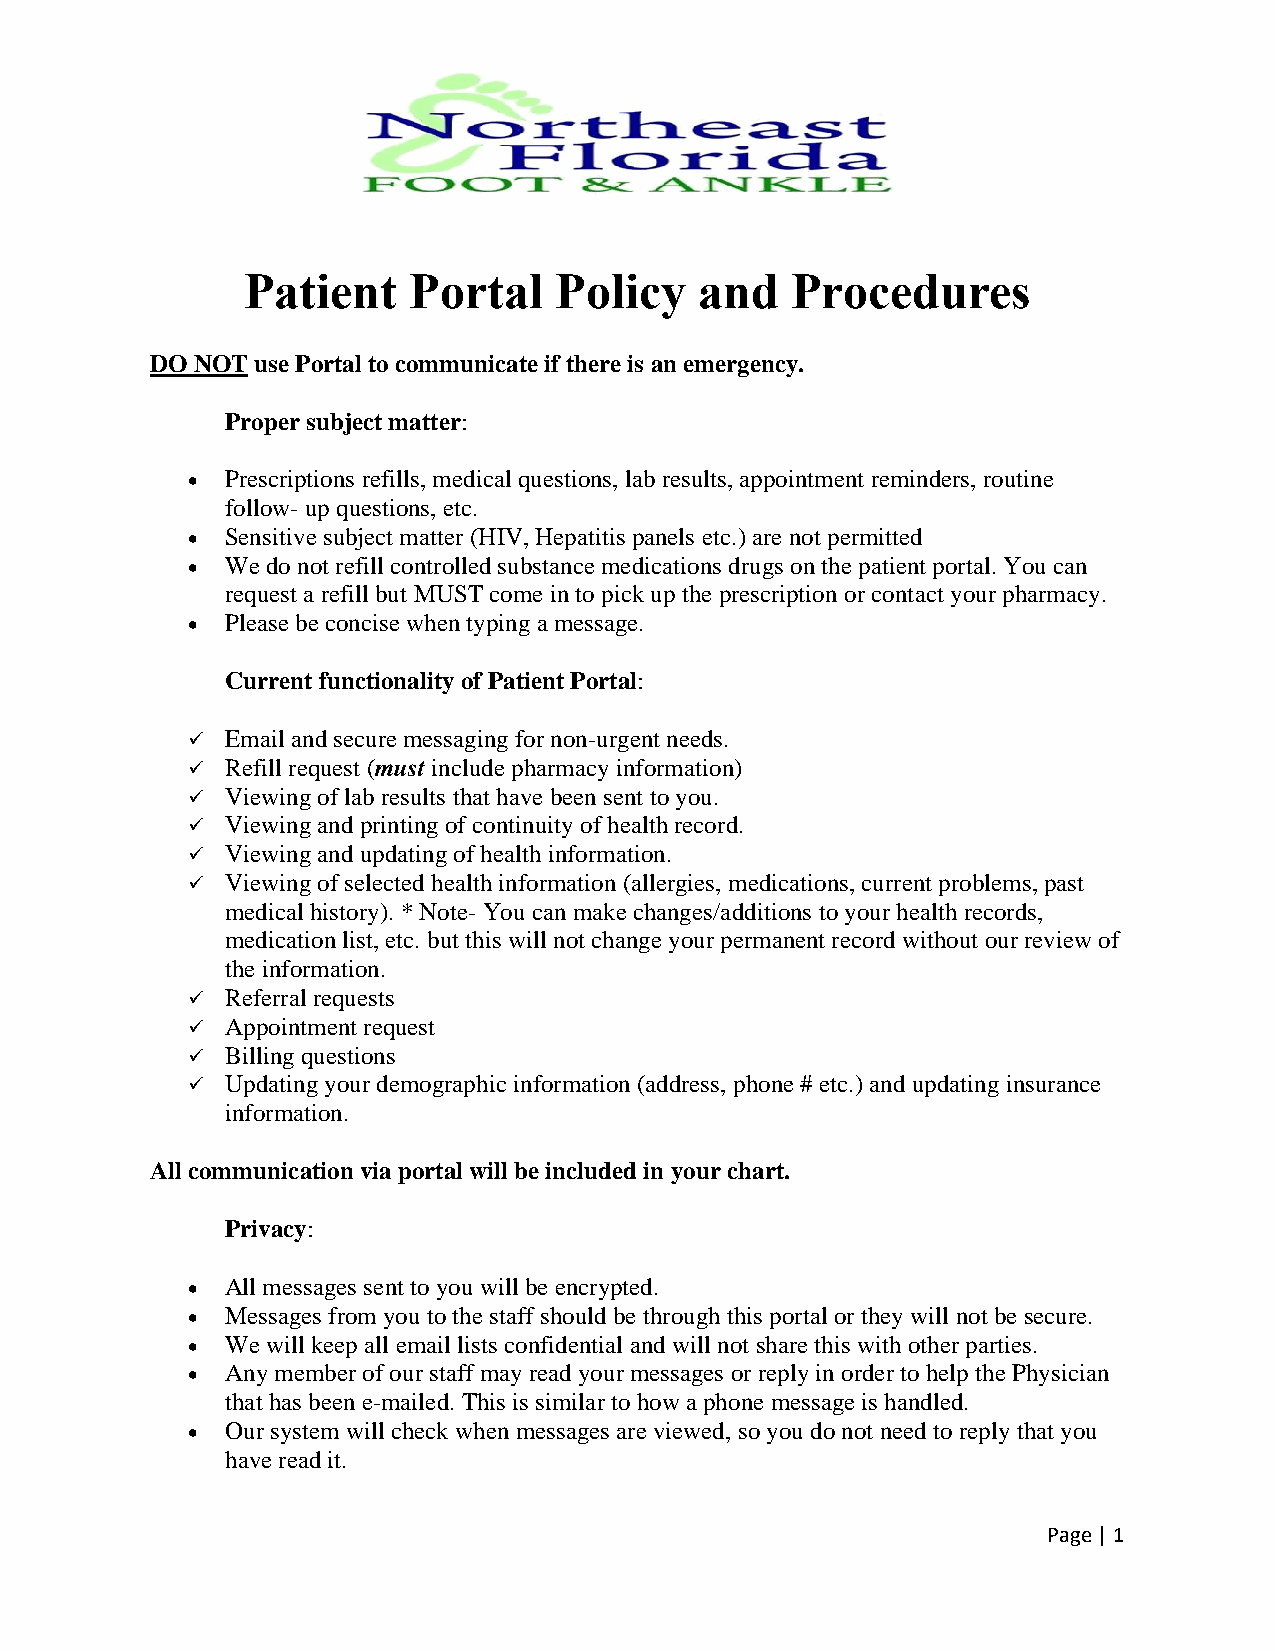
Patient    Portal    Policy   and   Procedures
 DO NOT use Portal to communicate if there is an emergency.
 Proper subject matter:
 •  Prescriptions refills, medical questions, lab results, appointment reminders, routine
 follow- up questions, etc.
 •  Sensitive subject matter (HIV, Hepatitis panels etc.) are not permitted
 •  We do not refill controlled substance medications drugs on the patient portal. You can
 request a refill but MUST come in to pick up the prescription or contact your pharmacy.
 •  Please be concise when typing a message.
 Current functionality of Patient Portal:
 ✓  Email and secure messaging for non-urgent needs.
 ✓  Refill request (must include pharmacy information)
 ✓  Viewing of lab results that have been sent to you.
 ✓  Viewing and printing of continuity of health record.
 ✓  Viewing and updating of health information.
 ✓  Viewing of selected health information (allergies, medications, current problems, past
 medical history). * Note- You can make changes/additions to your health records,
 medication list, etc. but this will not change your permanent record without our review of
 the information.
 ✓  Referral requests
 ✓  Appointment request
 ✓  Billing questions
 ✓  Updating your demographic information (address, phone # etc.) and updating insurance
 information.
 All communication via portal will be included in your chart.
 Privacy:
 •  All messages sent to you will be encrypted.
 •  Messages from you to the staff should be through this portal or they will not be secure.
 •  We will keep all email lists confidential and will not share this with other parties.
 •  Any member of our staff may read your messages or reply in order to help the Physician
 that has been e-mailed. This is similar to how a phone message is handled.
 •  Our system will check when messages are viewed, so you do not need to reply that you
 have read it.
 Page | 1